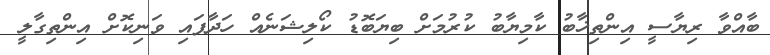
ބާއްވާ ރިޔާސީ އިންތިޚާބު ކާމިޔާބު ކުރުމަށް ބިޔަބޮޑު ކޯލިޝަނެއް ހަދާފައި ވަނިކޮށް އިންތިގާލީ